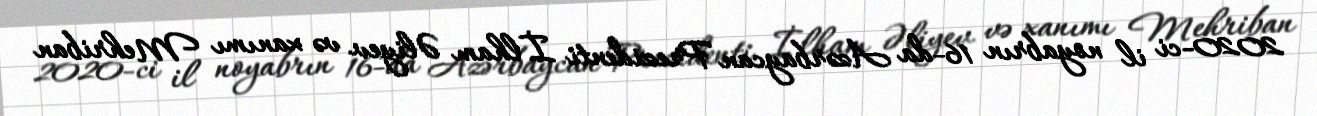
2020-ci il noyabrın 16-da Azərbaycan Prezidenti İlham Əliyev və xanımı Mehriban